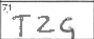
Transcription: TZG